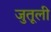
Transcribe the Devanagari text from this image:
जुतूली